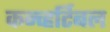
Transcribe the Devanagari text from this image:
कन्व्हर्टिबल